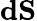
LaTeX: \mathbf{dS}